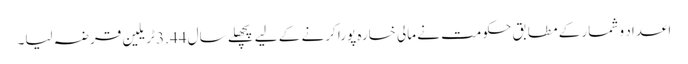
اعداد و شمار کے مطابق حکومت نے مالی خسارہ پورا کرنے کے لیے پچھلے سال 3.44 ٹریلین قرضہ لیا۔